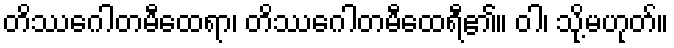
တိဿဂေါတမီထေရာ၊ တိဿဂေါတမီထေရီ၏။ ဝါ၊ သို့မဟုတ်။